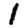
Digit: 1